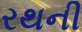
રથની